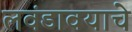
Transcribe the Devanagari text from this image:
लवंडावयाचे